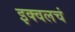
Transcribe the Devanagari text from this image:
इक्वलचं